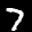
Label: 7